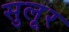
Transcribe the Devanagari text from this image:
सुलूर